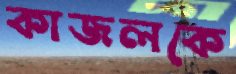
কাজলকে